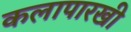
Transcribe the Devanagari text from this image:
कलापारखी